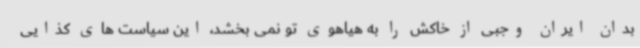
بدان ایران وجبی از خاکش را به هیاهوی تو نمی بخشد، این سیاست های کذایی